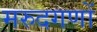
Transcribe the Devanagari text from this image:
मरुदगणों